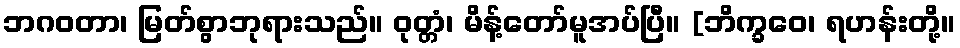
ဘဂဝတာ၊ မြတ်စွာဘုရားသည်။ ဝုတ္တံ၊ မိန့်တော်မူအပ်ပြီ။ [ဘိက္ခဝေ၊ ရဟန်းတို့။